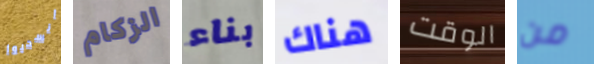
انسحبوا الزكام بناء هناك الوقت من